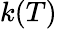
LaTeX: k(T)